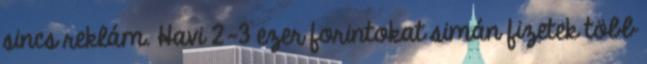
sincs reklám. Havi 2-3 ezer forintokat simán fizetek több